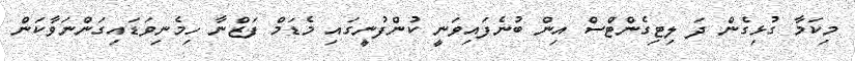
މިކަމާ ގުޅިގެން ދަ ލިޓިގެންޓްސް އިން ބުނެފައިވަނީ ކުންފުނީގައި މެޑަމް ފަޒްނާ ހިމެނިވަޑައިގަންނަވާކަން